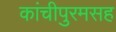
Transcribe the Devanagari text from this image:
कांचीपुरमसह